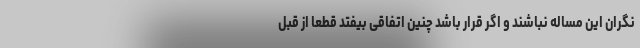
نگران این مساله نباشند و اگر قرار باشد چنین اتفاقی بیفتد قطعا از قبل